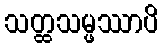
သတ္ထသမ္ဖဿာပိ